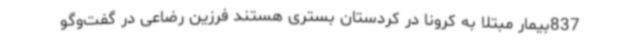
837بیمار مبتلا به کرونا در کردستان بستری هستند فرزین رضاعی در گفت‌وگو